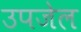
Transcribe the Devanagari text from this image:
उपजेल